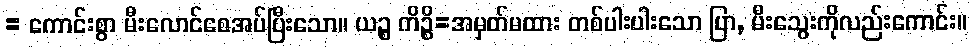
= ကောင်းစွာ မီးလောင်စေအပ်ပြီးသော။ ယဉ္စ ကိဉ္စိ=အမှတ်မထား တစ်ပါးပါးသော ပြာ, မီးသွေးကိုလည်းကောင်း။